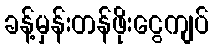
ခန့်မှန်းတန်ဖိုးငွေကျပ်